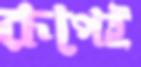
রূপেই